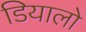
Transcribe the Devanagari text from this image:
डियालो